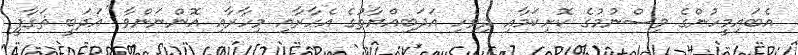
އެބައިމީހުންގެ ވިސްނުމުގެ ކޮށިކަމާއި ދިވެހި އަދަބިއްޔާތުގެ އެހާރާއި މިހާރާއި އޮންނަންވާ ''އަދަބީ ޘަޤާފީ